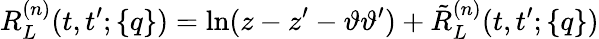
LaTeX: R_{L}^{(n)}(t,t^{\prime};\{ q\} )=\ln(z-z^{\prime}-\vartheta\vartheta^{\prime})+\tilde{R}_{L}^{(n)}(t,t^{\prime};\{ q\} )